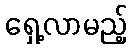
ရှေ့လာမည့်